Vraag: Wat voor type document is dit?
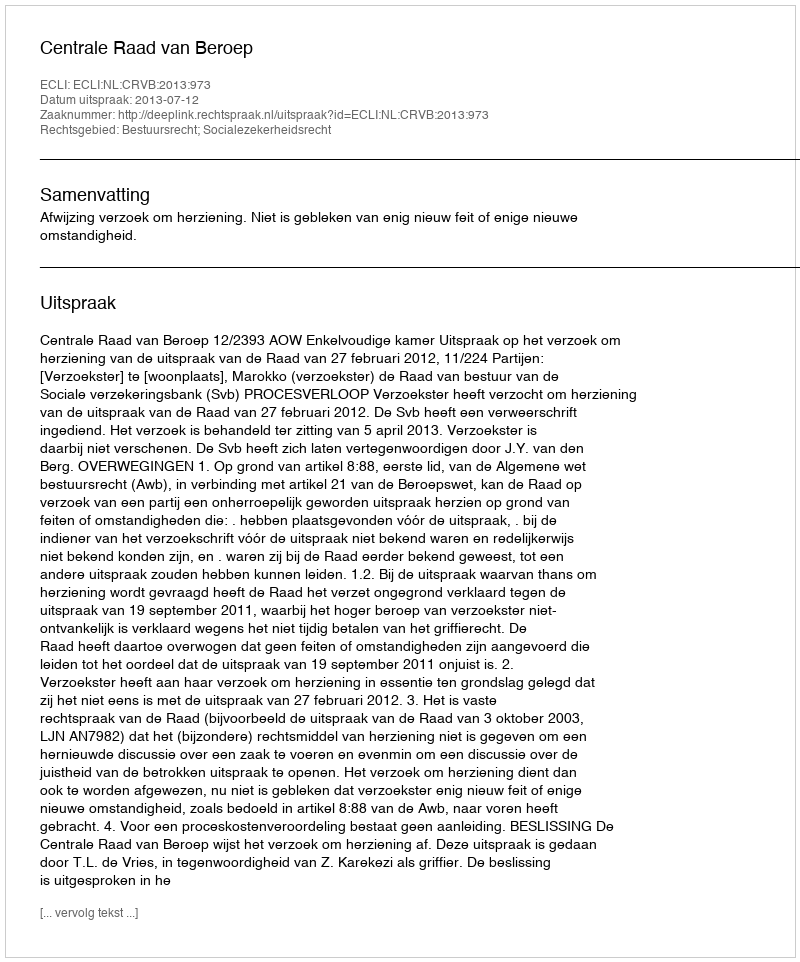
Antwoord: Uitspraak